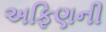
અફિણની